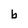
Character: b